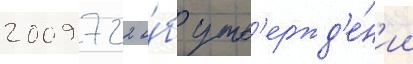
2009 722 о́б утв'ержд'е́н'ии